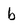
Character: b